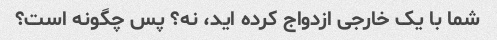
شما با یک خارجی ازدواج کرده اید، نه؟ پس چگونه است؟